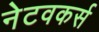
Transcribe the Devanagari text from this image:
नेटवकर्स